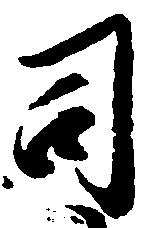
司